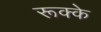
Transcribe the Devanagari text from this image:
रूक्‍के